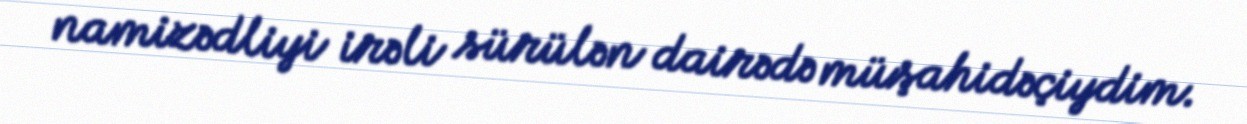
namizədliyi irəli sürülən dairədə müşahidəçiydim.